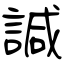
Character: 諴